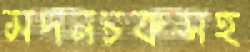
মদনচকসহ